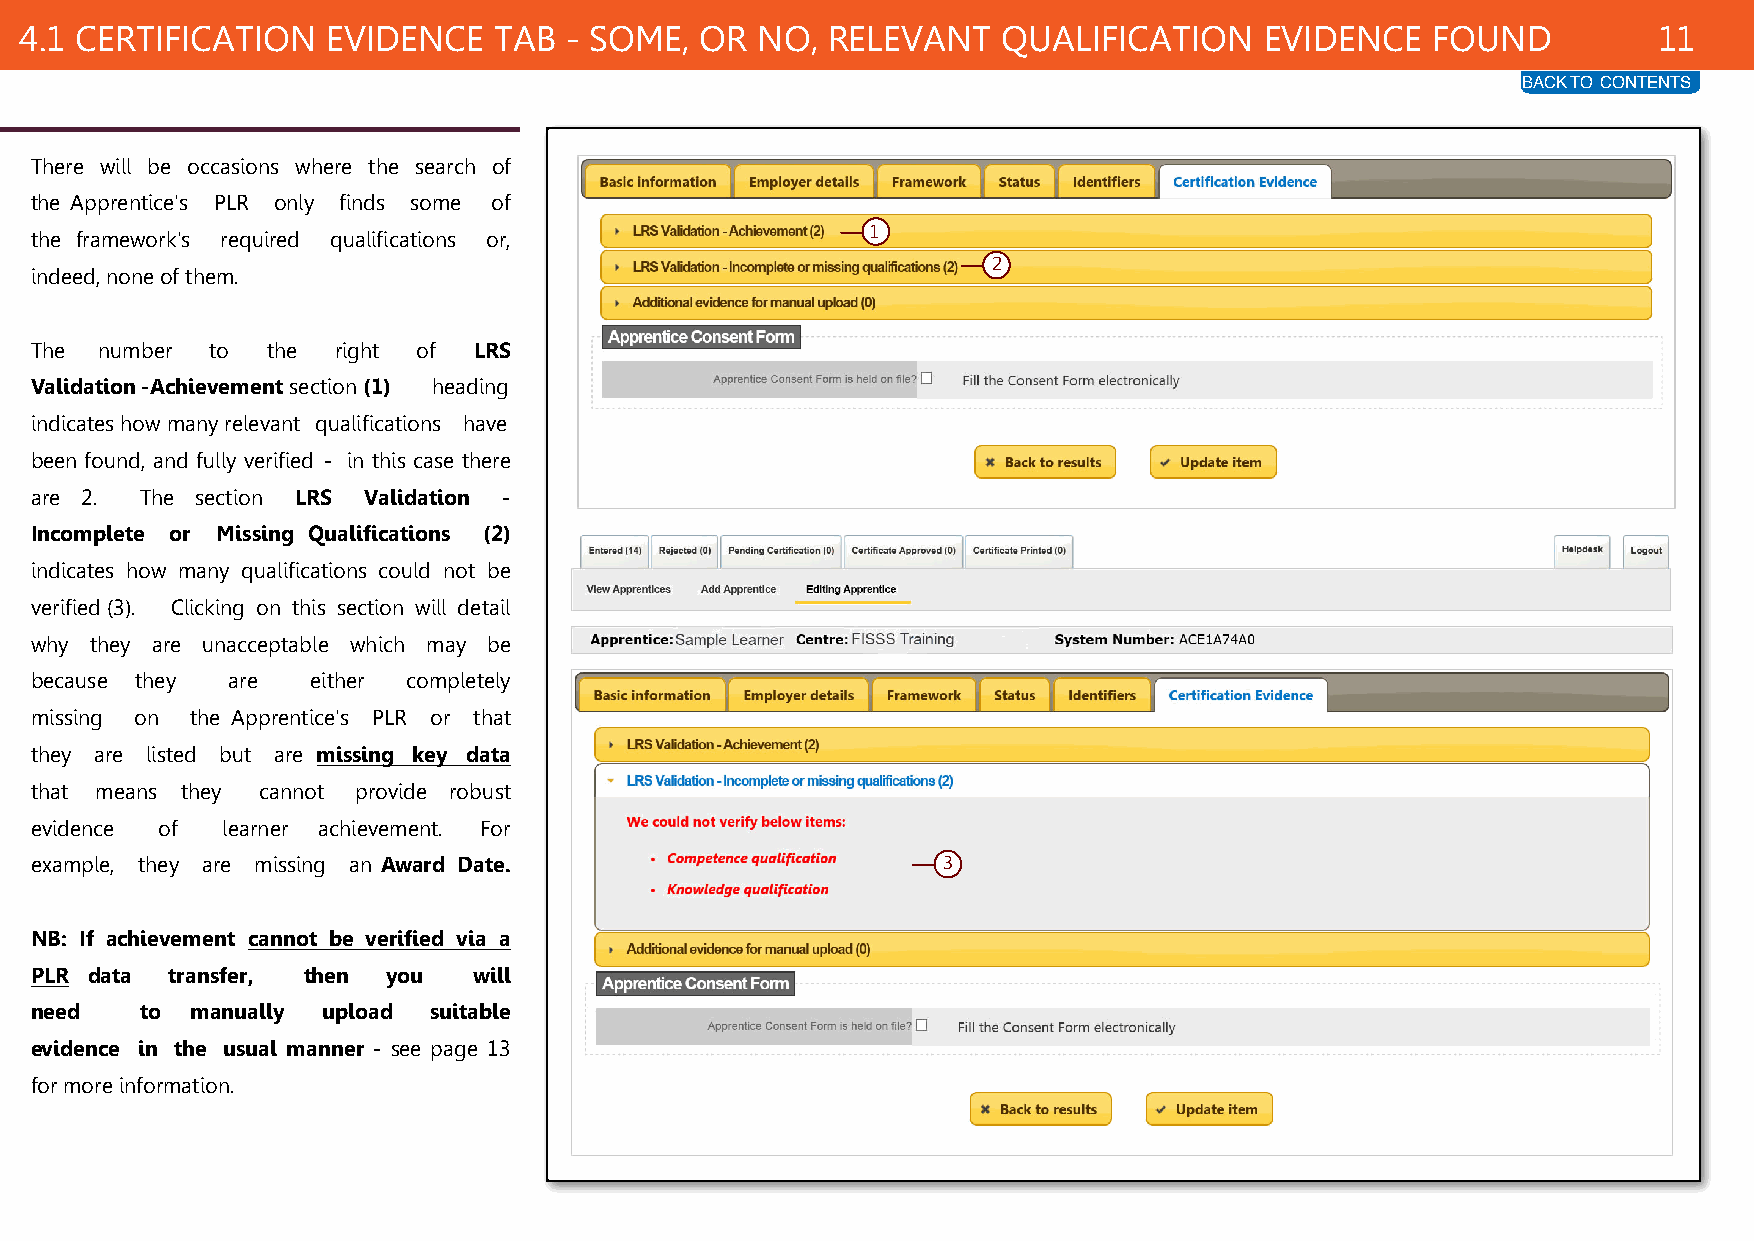
4.1 CERTIFICATION    EVIDENCE   TAB - SOME,  OR  NO,  RELEVANT   QUALIFICATION     EVIDENCE   FOUND          11
 BACK TO CONTENTS
 There will be occasions where the search of
 the Apprentice's PLR only finds some of
 1
 the framework's required qualifications or,
 2
 indeed, none of them.
 The  number to  the right of LRS
 Validation -Achievement section (1) heading
 indicates how many relevant qualifications have
 been found, and fully verified - in this case there
 are 2. The section LRS Validation -
 Incomplete or Missing Qualifications (2)
 indicates how many qualifications could not be
 verified (3). Clicking on this section will detail
 why they are unacceptable which may be
 because they are   either completely
 missing on the Apprentice's PLR or that
 they are listed but are missing key data
 that means they cannot provide robust
 evidence of  learner achievement. For
 example, they are missing an Award Date.                    3
 NB: If achievement cannot be verified via a
 PLR data transfer, then you  will
 need   to  manually upload suitable
 evidence in the usual manner - see page 13
 for more information.